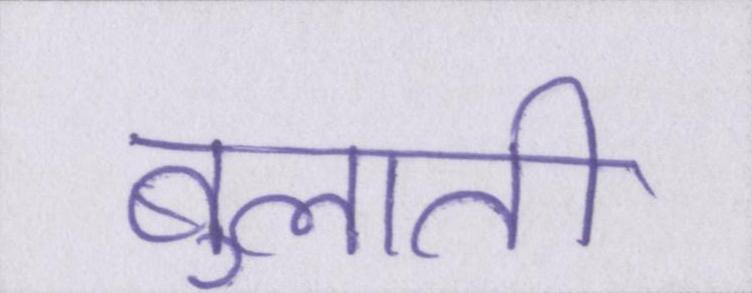
बुलाती